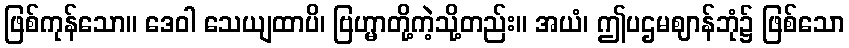
ဖြစ်ကုန်သော။ ဒေဝါ သေယျထာပိ၊ ဗြဟ္မာတို့ကဲ့သို့တည်း။ အယံ၊ ဤပဌမဈာန်ဘုံ၌ ဖြစ်သော